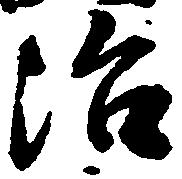
治